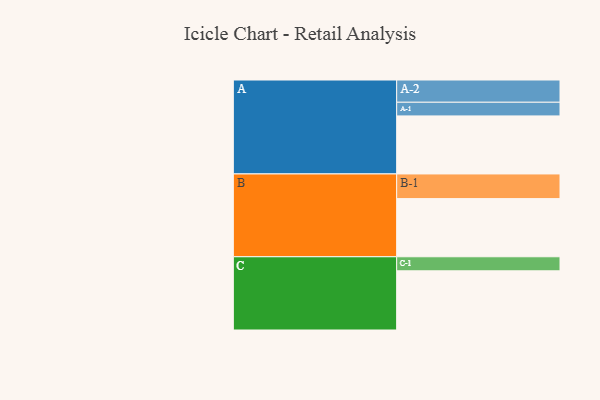
{"axis": {"x": "Segment", "y": "Value"}, "legend": ["", "A", "B", "C"], "data": [{"x": "A", "y": 454, "type": ""}, {"x": "B", "y": 455, "type": ""}, {"x": "C", "y": 463, "type": ""}, {"x": "A-1", "y": 107, "type": "A"}, {"x": "A-2", "y": 174, "type": "A"}, {"x": "B-1", "y": 193, "type": "B"}, {"x": "C-1", "y": 110, "type": "C"}]}